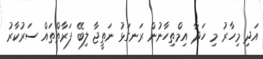
އަދި މިހާރު މި ހަދާ އިމްތިހާނުން ރަނގަޅު ނަތީޖާ ލިބޭ ފަރާތްތައް ސަރުކާރު